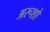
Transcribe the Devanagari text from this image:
अरूशो